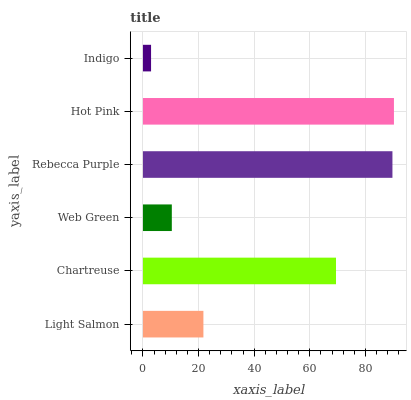
| yaxis_label | bars |
 | --- | --- |
 | Light Salmon | 21.7 |
 | Chartreuse | 69.4 |
 | Web Green | 10.4 |
 | Rebecca Purple | 89.7 |
 | Hot Pink | 90.3 |
 | Indigo | 2.92 |